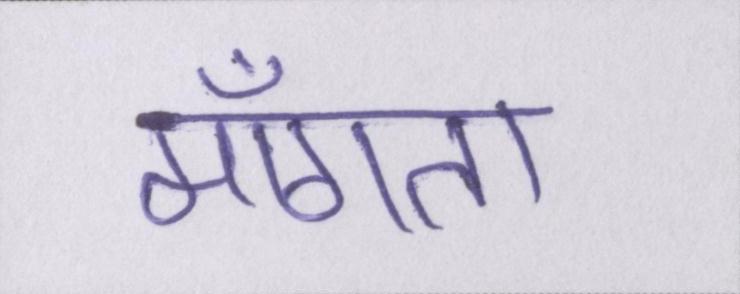
माँगता